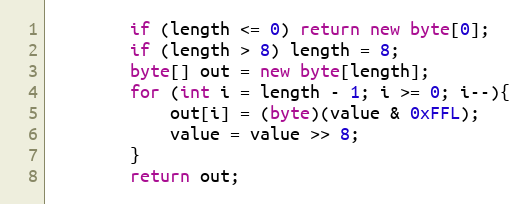
Language: Java
        if (length <= 0) return new byte[0];
        if (length > 8) length = 8;
        byte[] out = new byte[length];
        for (int i = length - 1; i >= 0; i--){
            out[i] = (byte)(value & 0xFFL);
            value = value >> 8;
        }
        return out;